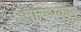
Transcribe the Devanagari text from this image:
मांसप्रकार